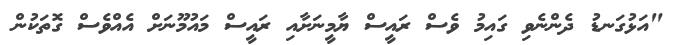
"އަޅުގަނޑު ދެންނެވި ގައިމު ވެސް ރައީސް ޔާމީނަށާއި ރައީސް މައުމޫނަށް އެއްވެސް ގޮތަކުން